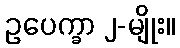
ဥပေက္ခာ ၂-မျိုး။